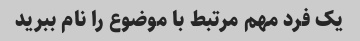
یک فرد مهم مرتبط با موضوع را نام ببرید